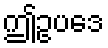
ဤဥပဒေ